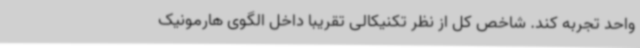
واحد تجربه کند. شاخص کل از نظر تکنیکالی تقریبا داخل الگوی هارمونیک